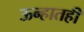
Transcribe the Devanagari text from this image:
ऊन्हातही